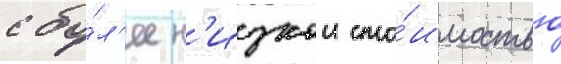
с бо́л'ее н'изкои сто́имостью